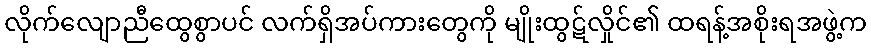
လိုက်လျောညီထွေစွာပင် လက်ရှိအပ်ကားတွေကို မျိုးထွဋ်လှိုင်၏ ထရန့်အစိုးရအဖွဲ့က